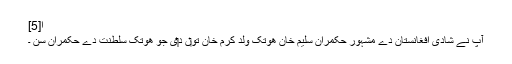
ا[5]
آپ نے شادی افغانستان دے مشہور حکمران سلیم خان ھوتک ولد کرم خان تو‏ں د‏‏ی جو ھوتک سلطنت دے حکمران سن ۔